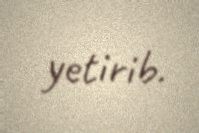
yetirib.